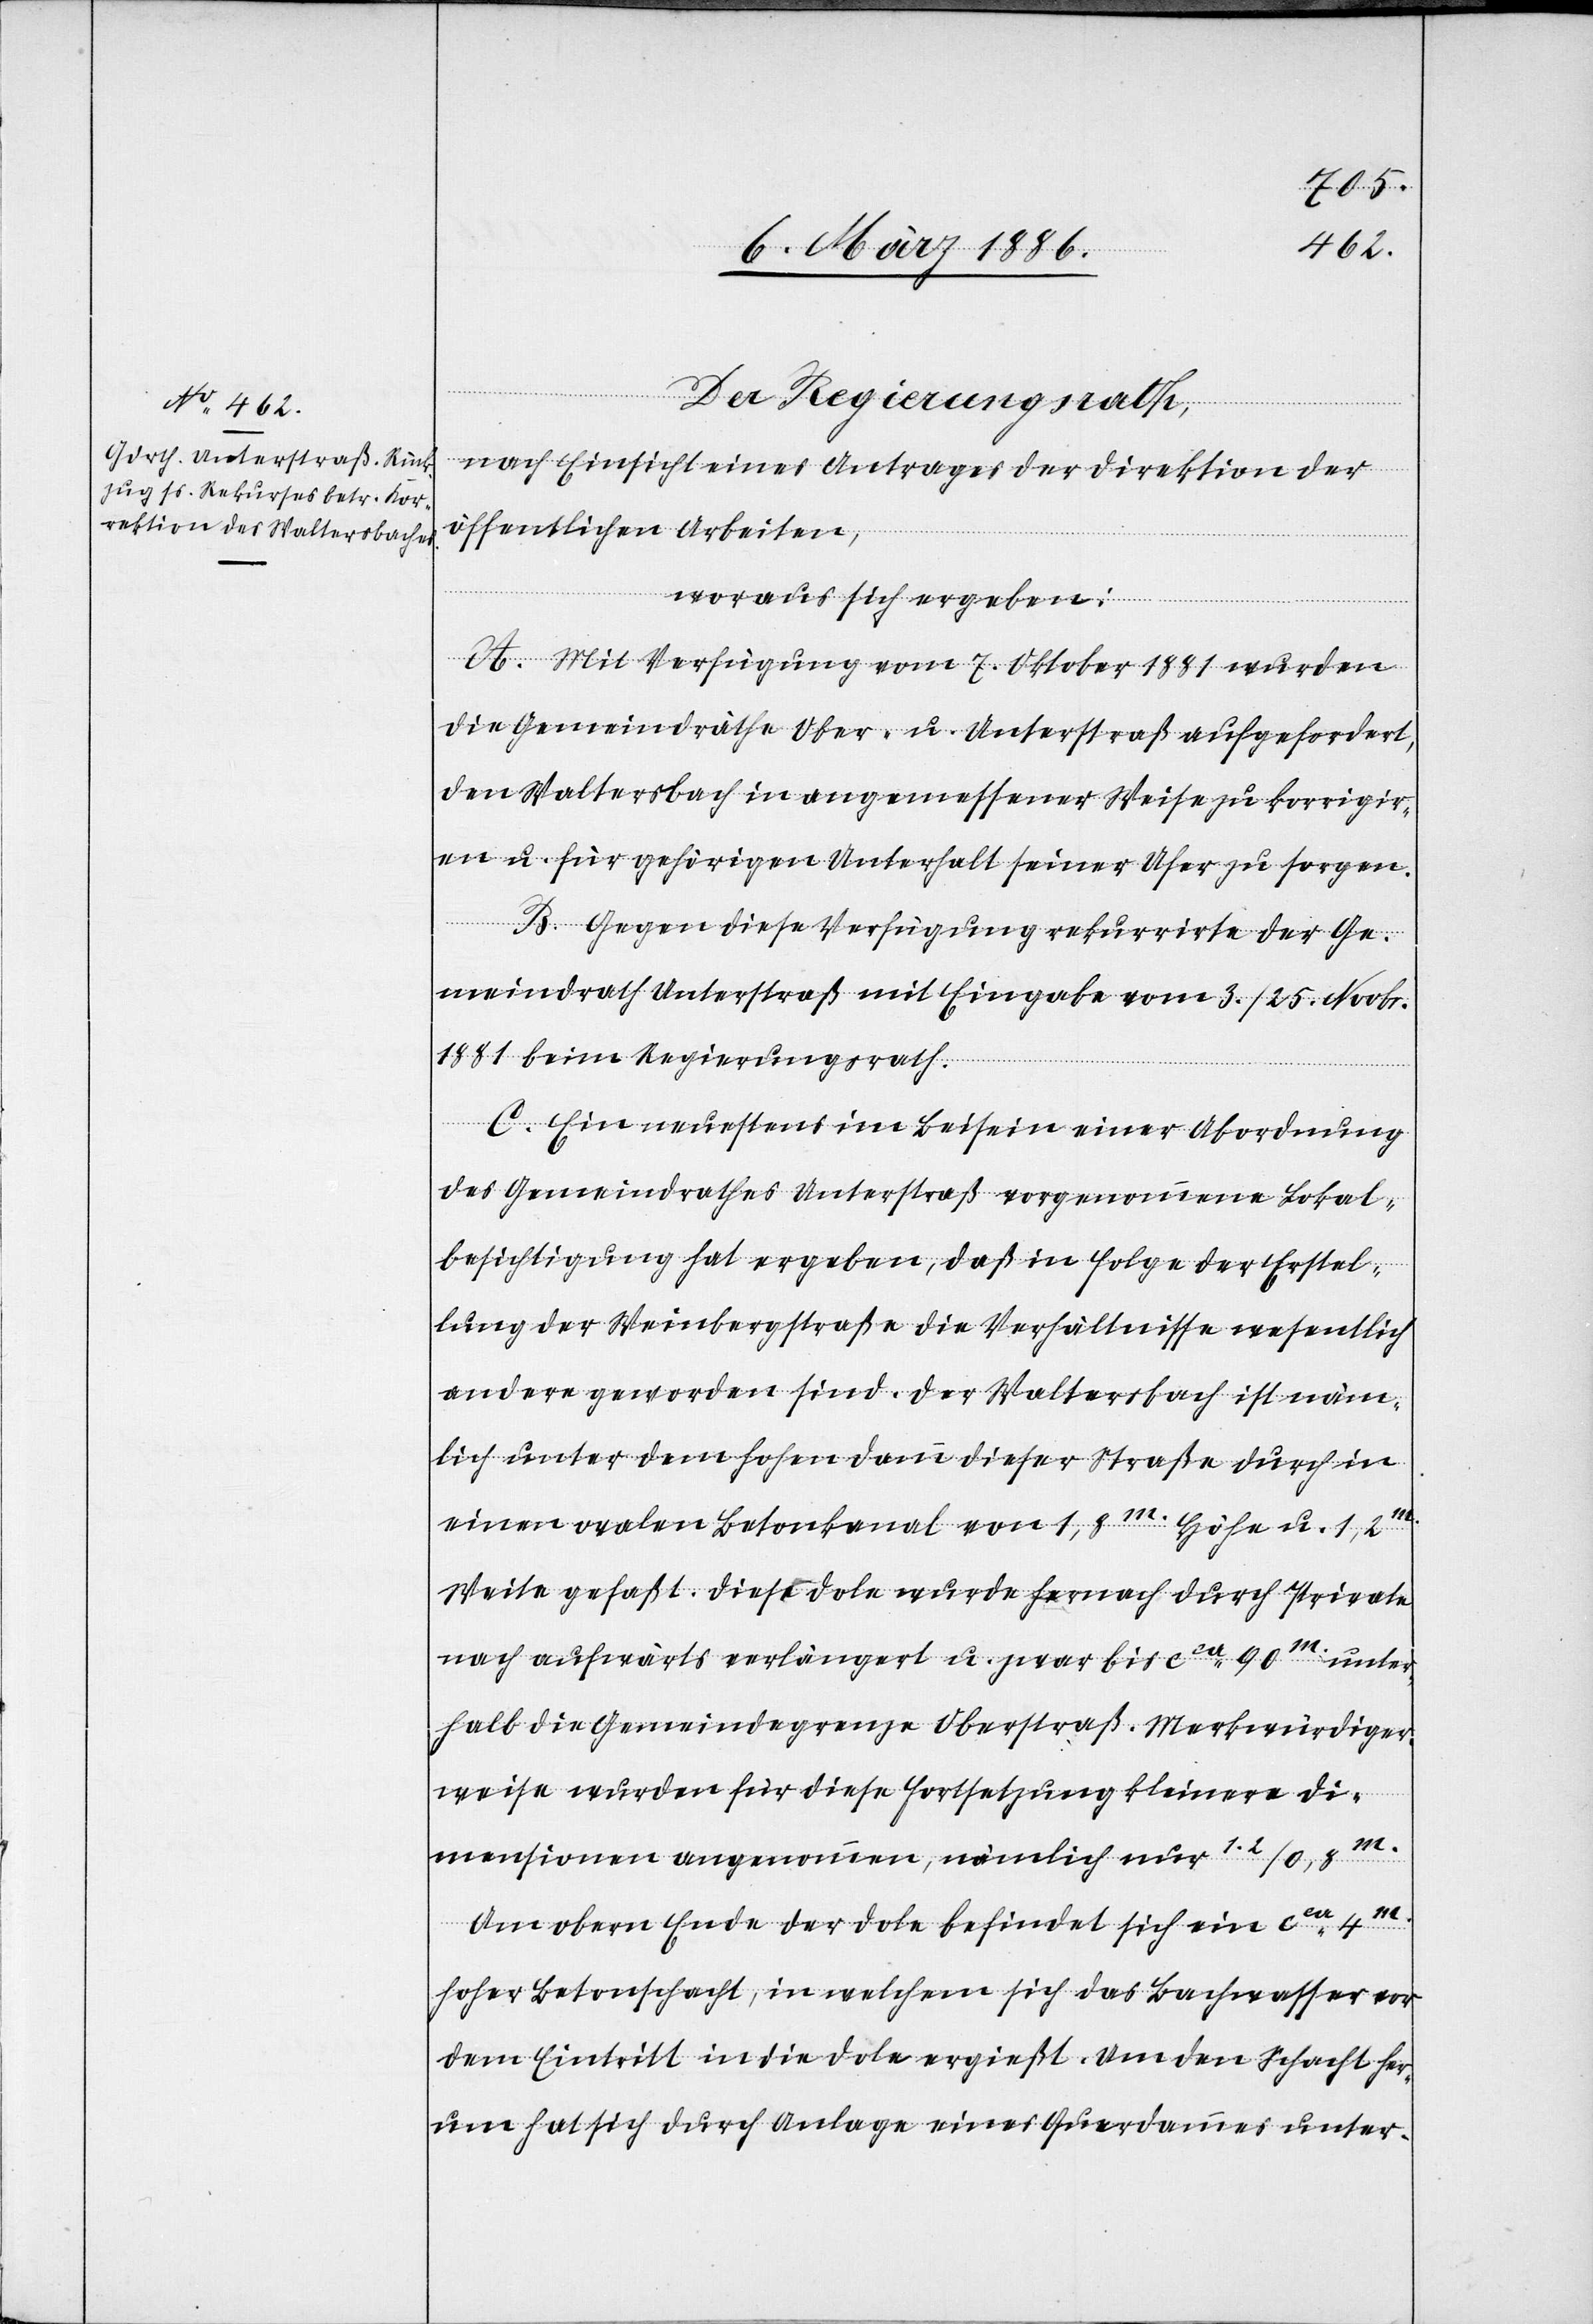
Der Regierungsrath,
nach Einsicht eines Antrages der Direktion der
öffentlichen Arbeiten,
woraus sich ergeben:
A. Mit Verfügung vom 7. Oktober 1881 wurden
die Gemeindräthe Ober- u. Unterstraß aufgefordert,
den Waltersbach in angemessener Weise zu korrigier¬
en u. für gehörigen Unterhalt seiner Ufer zu sorgen.
B. Gegen diese Verfügung rekurrirte der Ge¬
meindrath Unterstraß mit Eingabe vom 3./25. Novbr.
1881 beim Regierungsrath.
C. Ein[e] neuestens im Beisein einer Abordnung
des Gemeindrathes Unterstraß vorgenommene Lokal¬
besichtigung hat ergeben, daß in Folge der Erstel¬
lung der Weinbergstraße die Verhältnisse wesentlich
andere geworden sind. Der Waltersbach ist näm¬
lich unter dem hohen Damm dieser Straße durch in
einen ovalen Betonkanal von 1,8m. Höhe u. 1,2m.
Weite gefaßt. Diese Dolen wurde hernach durch Private
nach aufwärts verlängert u. zwar bis cca 90m. unter¬
halb die Gemeindegrenze Oberstraß. Merkwürdiger¬
weise wurden für diese Fortsetzung kleinere Di¬
mensionen angenommen, nämlich nur 1.2/0.8m.
Am oberen Ende der Dole befindet sich ein cca 4m.
hoher Betonschaft, in welchem sich das Bachwasser vor
dem Eintritt in die Dole ergießt. Um den Schacht her¬
um hat sich durch Anlage eines Querdammes unter-